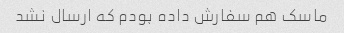
ماسک هم سفارش داده بودم که ارسال نشد